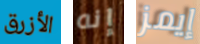
الأزرق إنه إيمز